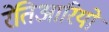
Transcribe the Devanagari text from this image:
रेतिआरियों